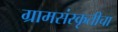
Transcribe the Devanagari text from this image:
ग्रामसंस्कृतीचा